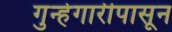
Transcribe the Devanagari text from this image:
गुन्हेगारीपासून